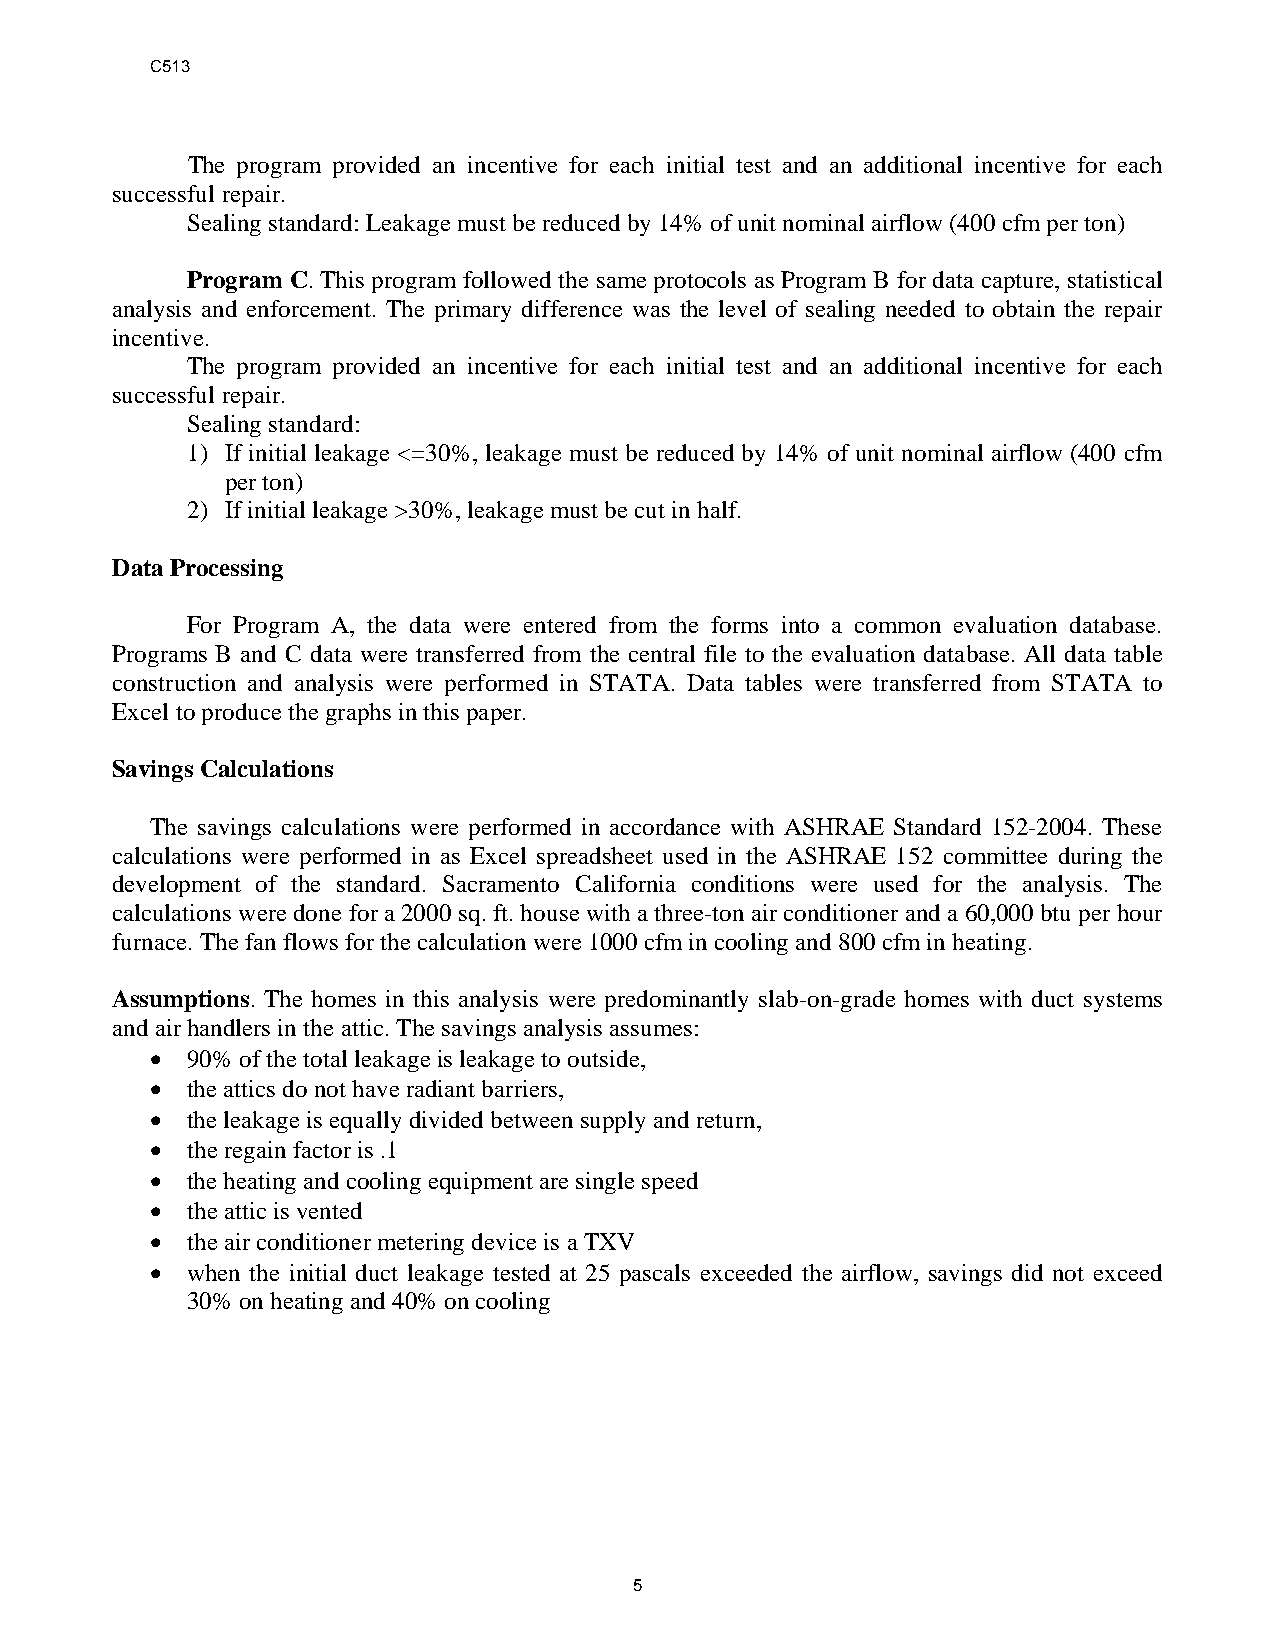
C513
 The program provided an incentive for each initial test and an additional incentive for each
 successful repair.
 Sealing standard: Leakage must be reduced by 14% of unit nominal airflow (400 cfm per ton)
 Program C. This program followed the same protocols as Program B for data capture, statistical
 analysis and enforcement. The primary difference was the level of sealing needed to obtain the repair
 incentive.
 The program provided an incentive for each initial test and an additional incentive for each
 successful repair.
 Sealing standard:
 1) If initial leakage <=30%, leakage must be reduced by 14% of unit nominal airflow (400 cfm
 per ton)
 2) If initial leakage >30%, leakage must be cut in half.
 Data Processing
 For Program A, the data were entered from the forms into a common evaluation database.
 Programs B and C data were transferred from the central file to the evaluation database. All data table
 construction and analysis were performed in STATA. Data tables were transferred from STATA to
 Excel to produce the graphs in this paper.
 Savings Calculations
 The savings calculations were performed in accordance with ASHRAE Standard 152-2004. These
 calculations were performed in as Excel spreadsheet used in the ASHRAE 152 committee during the
 development of the standard. Sacramento California conditions were used for the analysis. The
 calculations were done for a 2000 sq. ft. house with a three-ton air conditioner and a 60,000 btu per hour
 furnace. The fan flows for the calculation were 1000 cfm in cooling and 800 cfm in heating.
 Assumptions. The homes in this analysis were predominantly slab-on-grade homes with duct systems
 and air handlers in the attic. The savings analysis assumes:
  90% of the total leakage is leakage to outside,
  the attics do not have radiant barriers,
  the leakage is equally divided between supply and return,
  the regain factor is .1
  the heating and cooling equipment are single speed
  the attic is vented
  the air conditioner metering device is a TXV
  when the initial duct leakage tested at 25 pascals exceeded the airflow, savings did not exceed
 30% on heating and 40% on cooling
 5